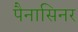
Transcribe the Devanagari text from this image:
पैनासिनर